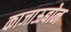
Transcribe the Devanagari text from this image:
काजाऊबोन